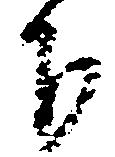
下